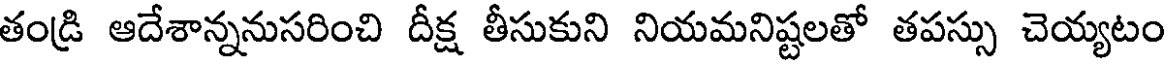
తండ్రి ఆదేశాన్ననుసరించి దీక్ష తీసుకుని నియమనిష్టలతో తపస్సు చెయ్యటం